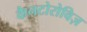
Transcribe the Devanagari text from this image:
कैनटोरोविज़